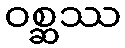
ဝစ္ဆဿ